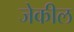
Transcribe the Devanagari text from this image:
जेकील